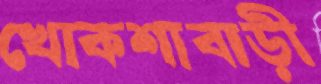
খোকশাবাড়ী